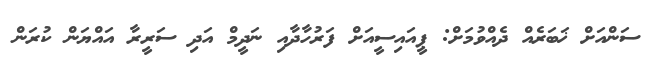
ސަންއަށް ޚަބަރެއް ދެއްވުމަށް: ޕީއައިސީއަށް ފަރުހާދާއި ނަދީމް އަދި ސަރީރާ އައްޔަން ކުރަން